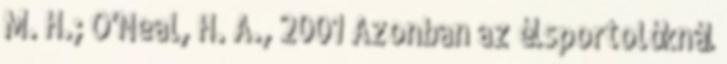
M. H.; O'Neal, H. A., 2001 Azonban az élsportolóknál